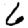
Digit: 6